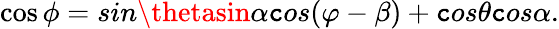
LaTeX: \cos\phi=sin\thetasin\alpha\mathtt{c}os(\varphi-\beta)+\mathtt{c}os\theta\mathtt{c}os\alpha.